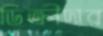
ডিক্রীদার